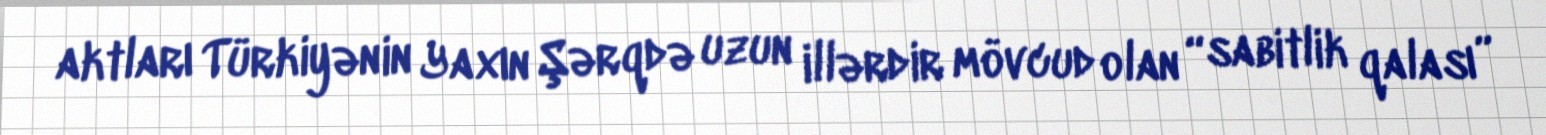
aktları Türkiyənin Yaxın Şərqdə uzun illərdir mövcud olan “sabitlik qalası”